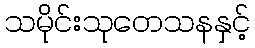
သမိုင်းသုတေသနနှင့်